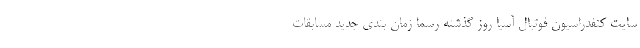
سایت کنفدراسیون فوتبال آسیا روز گذشته رسما زمان بندی جدید مسابقات